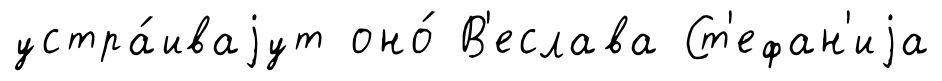
устра́иваjут оно́ В'еслава Ст'ефан'иjа